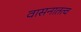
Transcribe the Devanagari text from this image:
वासनातत्व